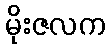
မိုးဇလက